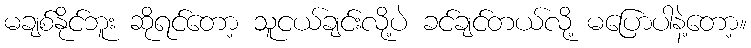
မချစ်နိုင်ဘူး ဆိုရင်တော့ သူငယ်ချင်းလို့ပဲ ခင်ချင်တယ်လို့ မပြောပါနဲ့တော့။